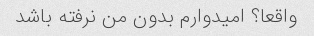
واقعا؟ امیدوارم بدون من نرفته باشد